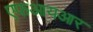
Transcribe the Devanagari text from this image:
एफआयआर